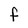
Character: F